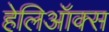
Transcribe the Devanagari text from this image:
हेलिऑक्स